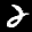
Label: 2